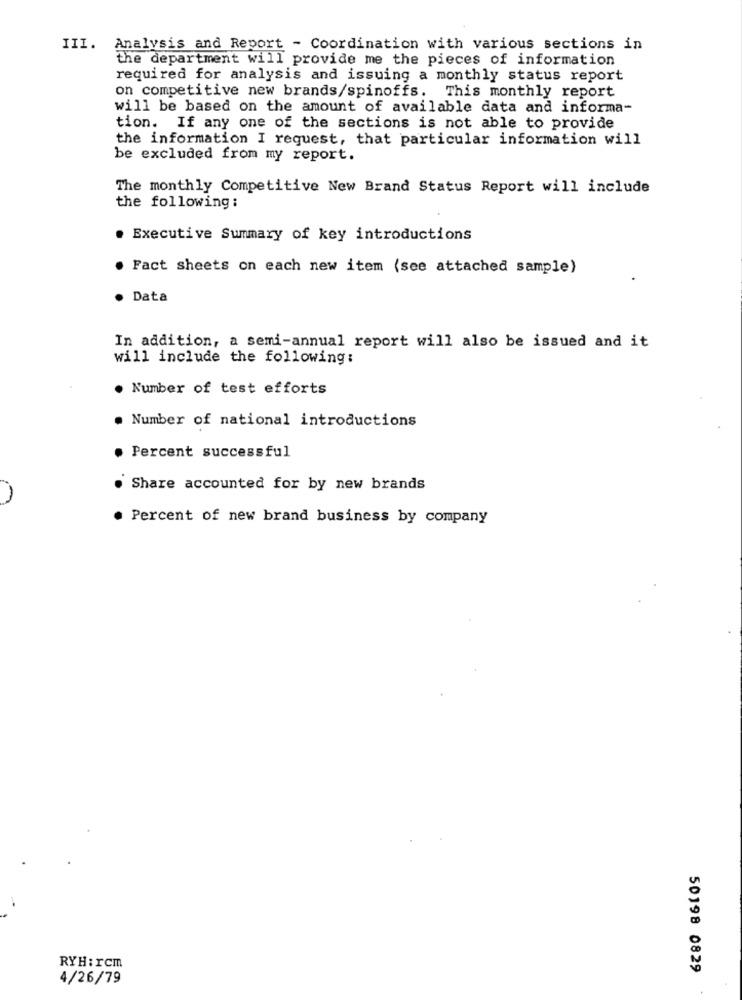
III. Analysis and Report - Coordination with various sections in
the department will provide me the pieces of information
required for analysis and issuing a monthly status report
on competitive new brands/spinoffs. This monthly report
will be based on the amount of available data and informa-
tion. If any one of the sections is not able to provide
the information I request, that particular information will
be excluded from my report.
The monthly Competitive New Brand Status Report will include
the following :
Executive Summary of key introductions
. Fact sheets on each new item (see attached sample)
Data
In addition, a semi-annual report will also be issued and it
will include the following:
. Number of test efforts
. Number of national introductions
Percent successful
Share accounted for by new brands
. Percent of new brand business by company
RYH: rcm
50198 0829
4/26/79